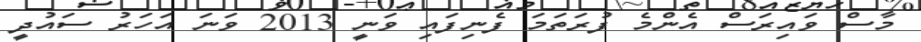
މާސް ވައިރަސް އެންމެ ފުރަތަމަ ފެނިފައި ވަނީ 2013 ވަނަ އަހަރު ސައުދީ